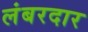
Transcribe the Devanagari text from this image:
लंबरदार